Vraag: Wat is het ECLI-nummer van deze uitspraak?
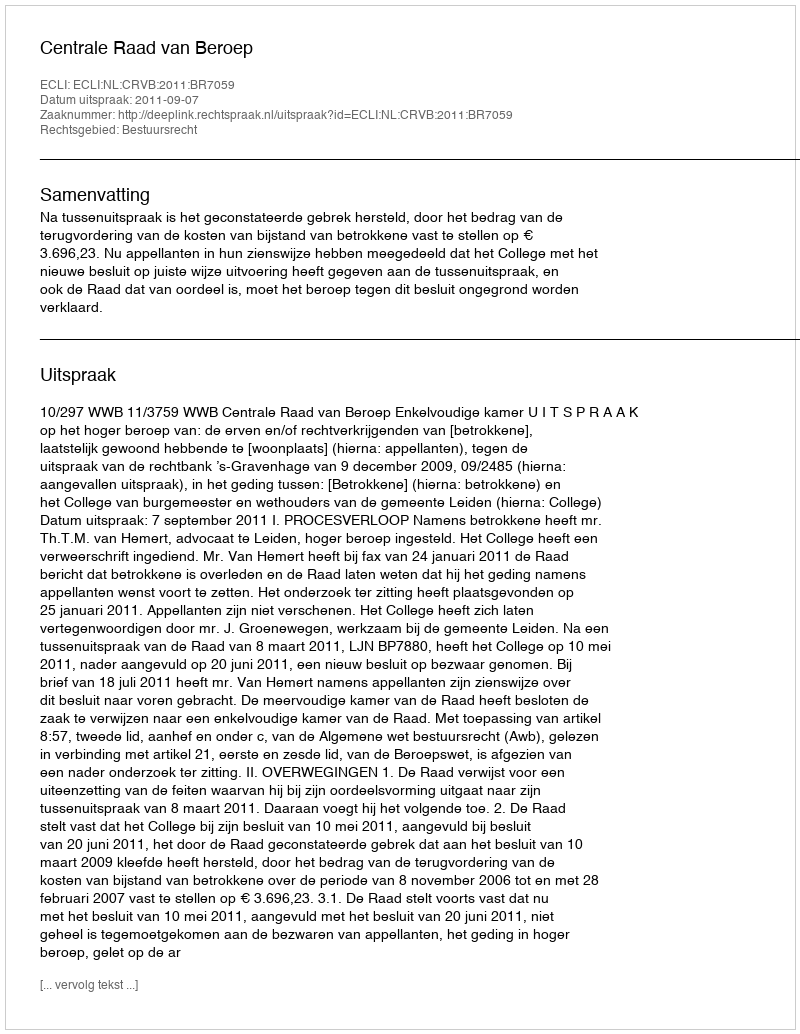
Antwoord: ECLI:NL:CRVB:2011:BR7059